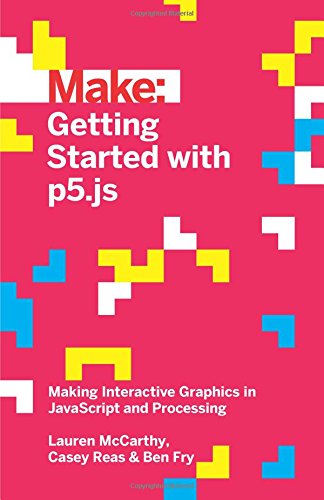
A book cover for Make: Getting Started with p5.js: Making Interactive Graphics in JavaScript and Processing; Lauren McCarthy; Computers & Technology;